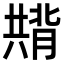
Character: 𭁚